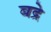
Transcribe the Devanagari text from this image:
बद्रे